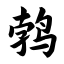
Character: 鹁